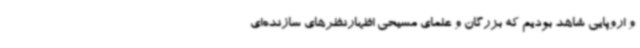
و اروپایی شاهد بودیم که بزرگان و علمای مسیحی اظهارنظرهای سازنده‌ای